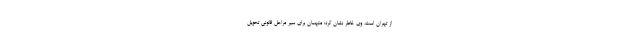
از تهران است. وی خاطر نشان کرد: متهمان برای سیر مراحل قانونی تحویل